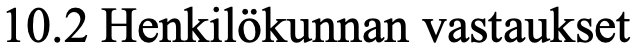
10.2 Henkilökunnan vastaukset